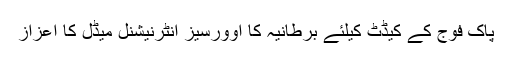
پاک فوج کے کیڈٹ کیلئے برطانیہ کا اوورسیز انٹرنیشنل میڈل کا اعزاز